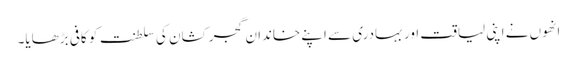
انھوں نے اپنی لیاقت اور بہادری سے اپنے خاندان گجر کشان کی سلطنت کو کافی بڑھایا۔